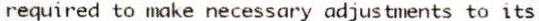
REQUIRED TO MAKE NECESSARY ADJUSTMENTS TO ITS